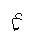
Letter: _ayn